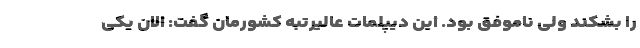
را بشکند ولی ناموفق بود. این دیپلمات عالیرتبه کشورمان گفت: الان یکی